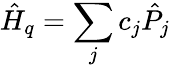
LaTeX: \hat{H}_{q}=\sum_{j}c_{j}\hat{P}_{j}